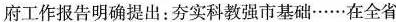
府工作报告明确提出：夯实科教强市基础……在全省